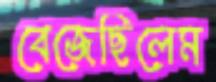
বেজেছিলেম